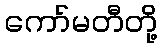
ကော်မတီတို့